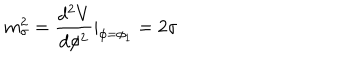
m _ { \sigma } ^ { 2 } = \frac { d ^ { 2 } V } { d \phi ^ { 2 } } | _ { \phi = \phi _ { 1 } } = 2 \sigma